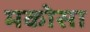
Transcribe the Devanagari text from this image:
मकोसा